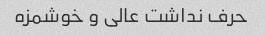
حرف نداشت عالی و خوشمزه